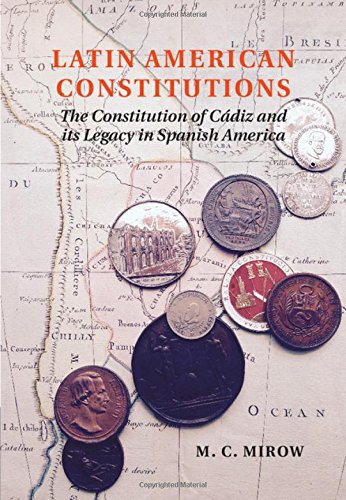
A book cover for Latin American Constitutions: The Constitution of CÃ¡diz and its Legacy in Spanish America; M. C. Mirow; Law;